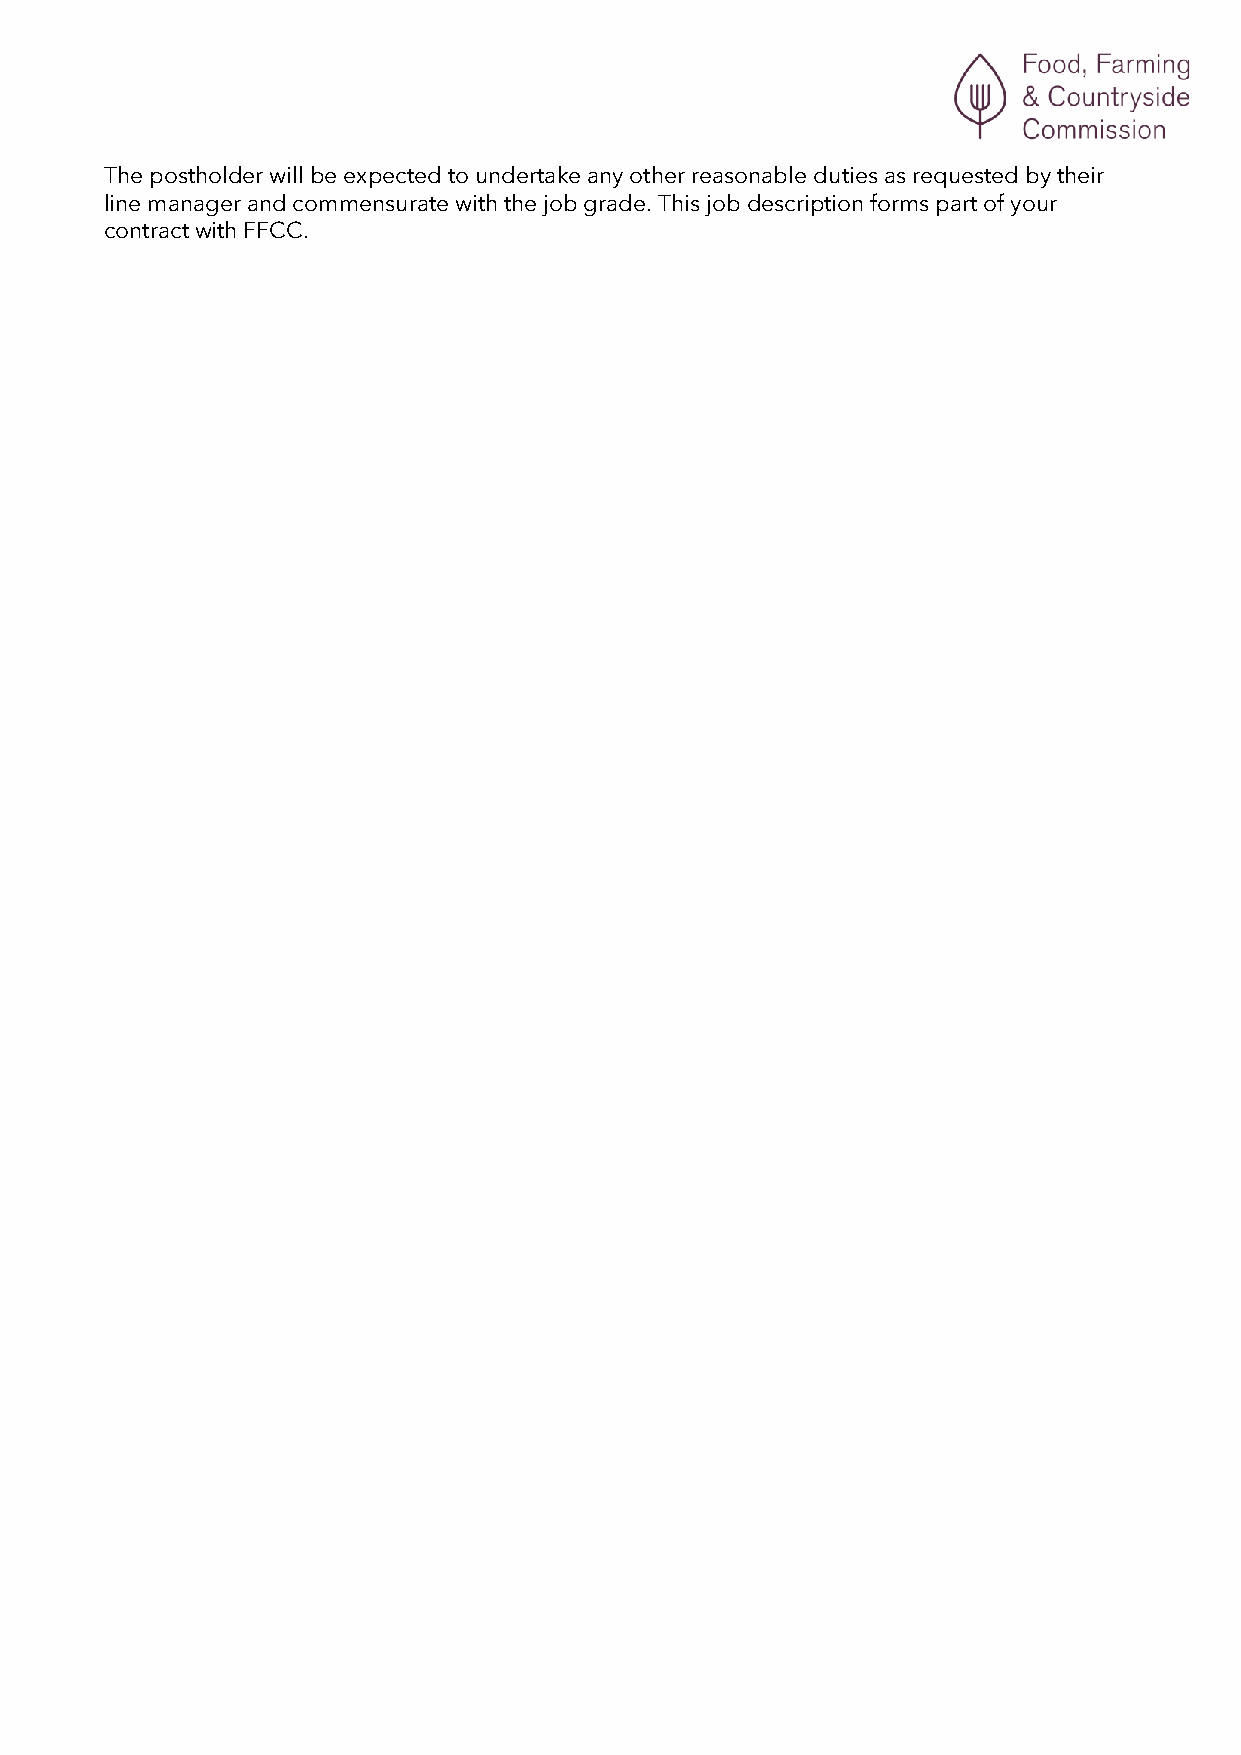
The postholder will be expected to undertake any other reasonable duties as requested by their
 line manager and commensurate with the job grade. This job description forms part of your
 contract with FFCC.